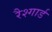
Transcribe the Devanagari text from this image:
रैश्गार्ड